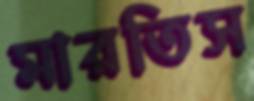
মারতিস